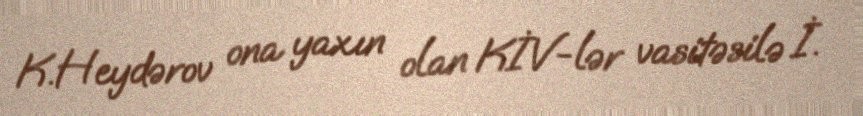
K.Heydərov ona yaxın olan KİV-lər vasitəsilə İ.